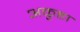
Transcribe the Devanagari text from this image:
अकुहा